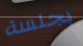
بجلسة